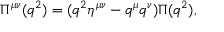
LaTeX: \Pi ^ { \mu \nu } ( q ^ { 2 } ) = ( q ^ { 2 } \eta ^ { \mu \nu } - q ^ { \mu } q ^ { \nu } ) \Pi ( q ^ { 2 } ) ,